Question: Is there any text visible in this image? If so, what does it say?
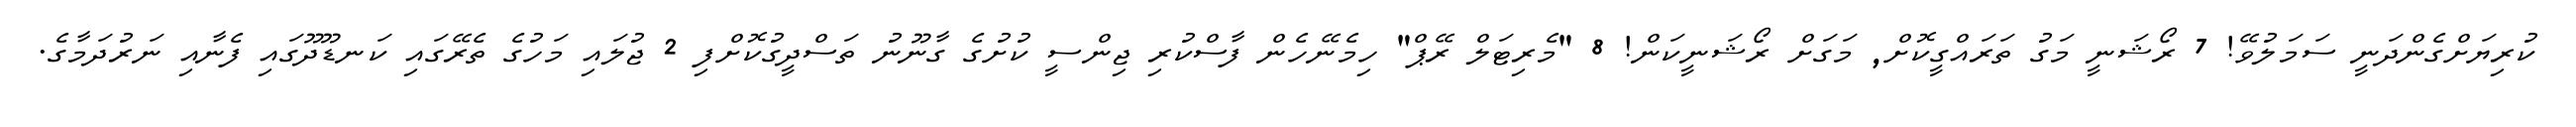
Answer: ކުރިޔަށްގެންދަނީ ސަމަލުވޭ! 7 ރޯޝަނީ މަގު ތަރައްގީކޮށް, މަގަށް ރޯޝަނީކަން! 8 "މެރިޓަލް ރޭޕް" ހިމެނޭހެން ފާސްކުރި ޖިންސީ ކުށުގެ ގާނޫނު ތަސްދީގުކޮށްފި 2 ޖުލައި މަހުގެ ތެރޭގައި ކަނޑޫދޫގައި ފެނާއި ނަރުދަމާގެ.